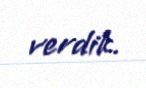
verdik.